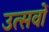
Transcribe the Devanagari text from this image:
उत्‍सवों